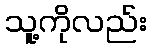
သူ့ကိုလည်း